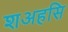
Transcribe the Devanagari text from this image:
शअहसि